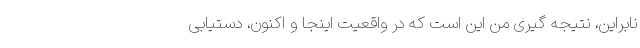
نابراین، نتیجه گیری من این است که در واقعیت اینجا و اکنون، دستیابی